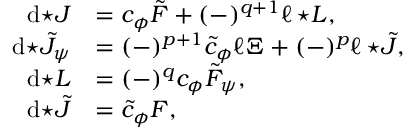
\begin{array} { r l } { \mathrm { d } { \star J } } & { = c _ { \phi } \tilde { F } + ( - ) ^ { q + 1 } \ell \, { \star L } , } \\ { \mathrm { d } { \star \tilde { J } _ { \psi } } } & { = ( - ) ^ { p + 1 } \tilde { c } _ { \phi } \ell \Xi + ( - ) ^ { p } \ell \, { \star \tilde { J } } , } \\ { \mathrm { d } { \star L } } & { = ( - ) ^ { q } c _ { \phi } \tilde { F } _ { \psi } , } \\ { \mathrm { d } { \star \tilde { J } } } & { = \tilde { c } _ { \phi } F , } \end{array}